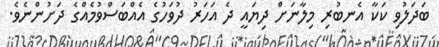
ބަދަލުވި ކަކާ އެނބުރި މިލާނަށް ދިޔައީ ދެ އަހަރު ދުވަހުގެ އެއްބަސްވުމެއްގެ ދަށުންނެވެ.